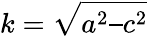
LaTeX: k=\sqrt{a^{2}–c^{2}}